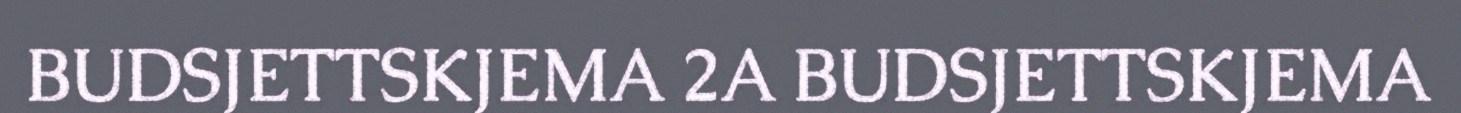
BUDSJETTSKJEMA 2A BUDSJETTSKJEMA